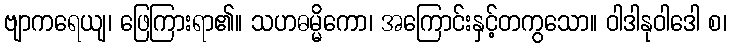
ဗျာကရေယျ၊ ဖြေကြားရာ၏။ သဟဓမ္မိကော၊ အကြောင်းနှင့်တကွသော။ ဝါဒါနုဝါဒေါ စ၊